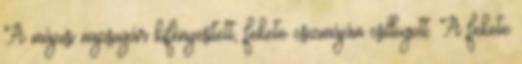
A májusi napsugár kifényesített, fekete csizmáján csillogott. A fekete